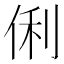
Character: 俐